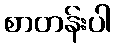
စာတန်းပါ